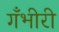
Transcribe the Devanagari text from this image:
गँभीरी